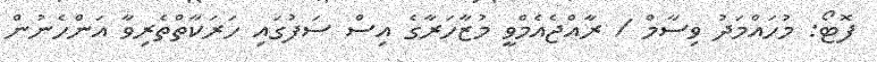
ފޮޓޯ: މުހައްމަދު ވިސާމް / ރާއްޖެއެމްވީ މުޒާހަރާގެ އިސް ސަފުގައި ހަރަކާތްތެރިވާ އަންހެނުން